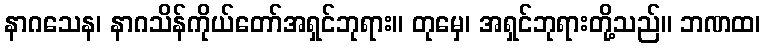
နာဂသေန၊ နာဂသိန်ကိုယ်တော်အရှင်ဘုရား။ တုမှေ၊ အရှင်ဘုရားတို့သည်။ ဘဏထ၊